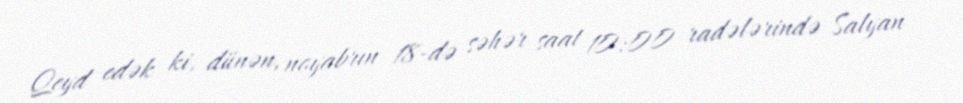
Qeyd edək ki, dünən, noyabrın 18-də səhər saat 10:00 radələrində Salyan